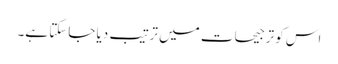
اس کو ترجیحات میں ترتیب دیا جاسکتا ہے۔